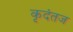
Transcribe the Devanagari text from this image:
कृदंतज